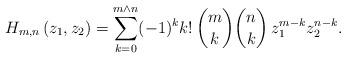
LaTeX: \begin{align*}H_{m,n}\left(z_1,z_2\right)=\sum_{k=0}^{m\wedge n}(-1)^{k}k!\,\binom{m}{k}\binom{n}{k}\,z_1^{m-k}z_2^{n-k}.\end{align*}